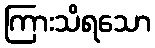
ကြားသိရသော